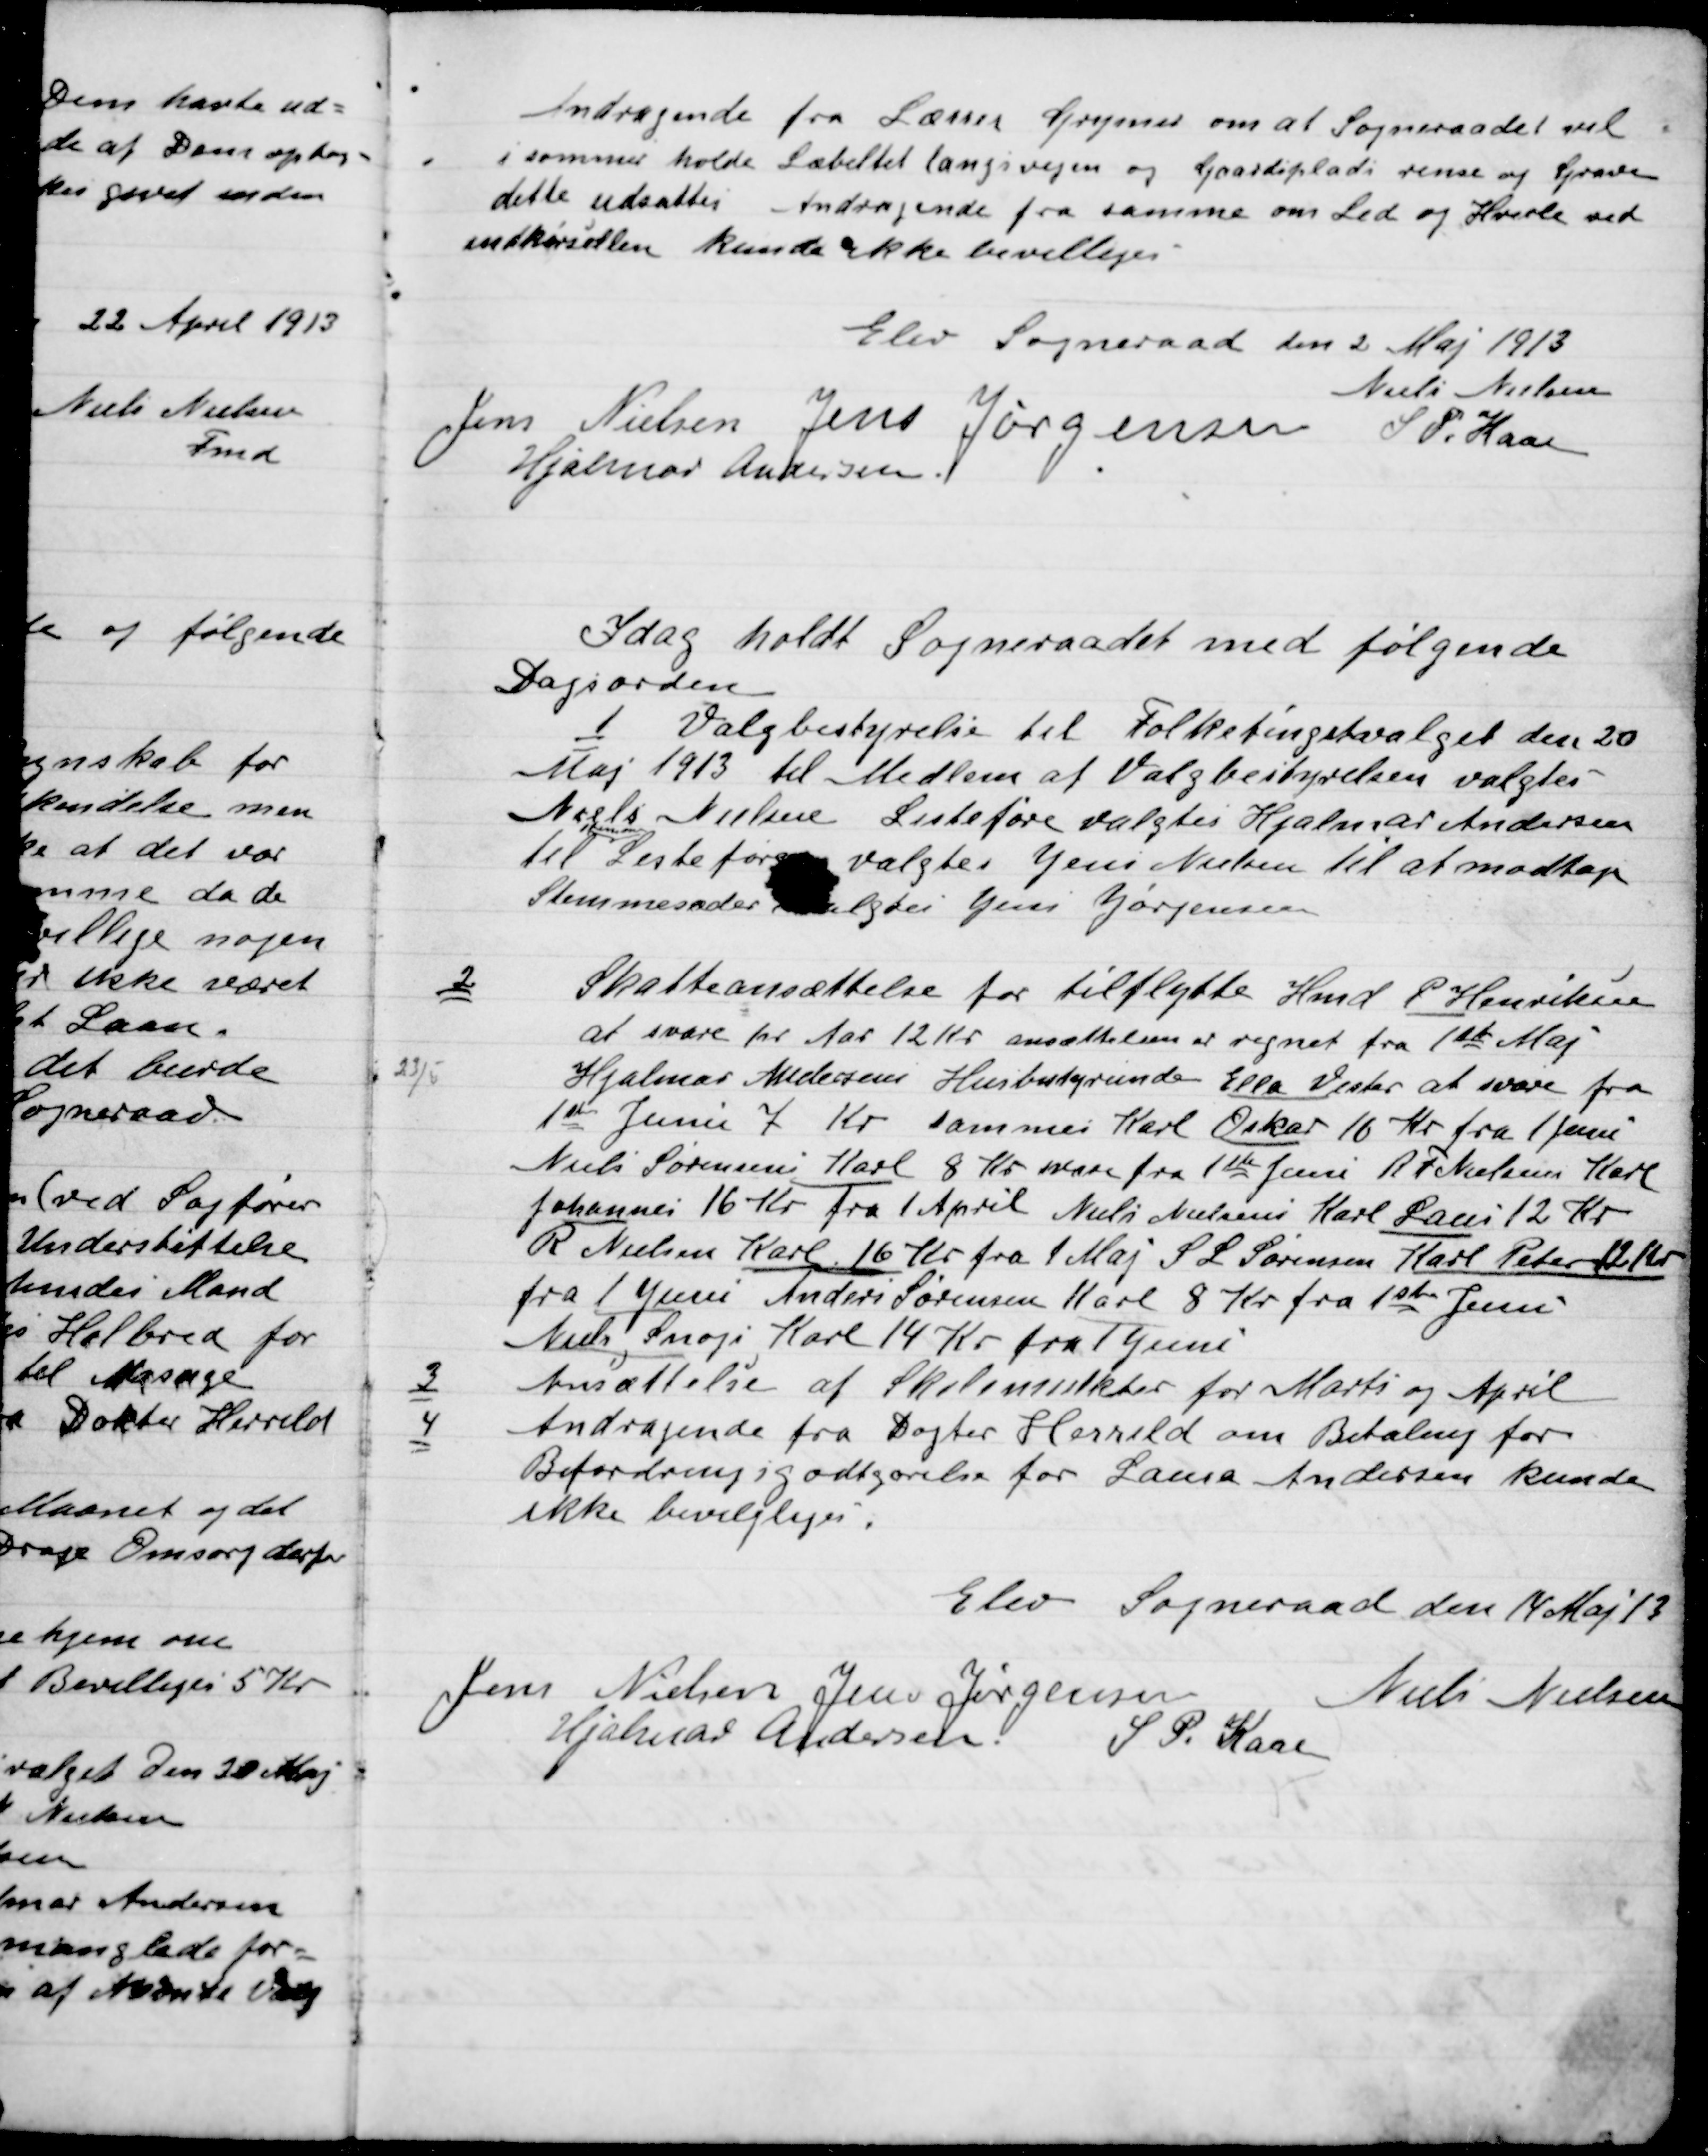
Transskription:
Andragende fra Lærer Gjrymer om at Sogneraadet vil
i sommer holde Læbæltet langs vejen og Gaardspladsen rene og Grave
dette udsattes. Andragende fra samme om Led og  ved
Indkørslen kunde kunde ikke bevilliges.

Elev Sogneraad den 2. Maj 1913

Niels Nielsen
Jens Nielsen
Jens Jørgensen
S.P. Kaas
Hjalmar Andersen

I dag holdt Sogneraadet med følgende
Dagsorden.

1

Valgbestyrelsen til folketingsvalget den 20
Maj 1913 til Medlem af Valgbestyrelsen valgtes
Niels Nielsen Listefører valgtes Hjalmar Andersen
Til Listefører valgtes Jens Nielsen til at modtage
Stemmesedler valgtes Jens Jørgensen.

2

Skatteansættelse for tilflytter Hmd. P. Henriksen
at svare for Aar 12 Kr. ansættelsen er regnet fra 1st Maj.
23/5 Hjalmar Andersens Husbestyrerinde Ella Vestkær at svare fra
1ste Juni 7 Kr. samme Karl Oskar 10 Kr. fra 1 Juni
Niels Sørensen Karl 8 Kr. svare fra 1ste Juni R T Nielsen Karl
Johannes 16 Kr. fra 1 April Niels Nielsens Karl Laus 12 Kr.
R. Nielsen Karl 16 Kr. fra 1 Maj S. L. Sørensen Karl Peter 12 Kr.
Fra 1 Juni Anders Sørensen Karl 8 Kr. fra 1 st Juni
Niels Snogs Karl 14 Kr. fra 1 Juni.

3

Ansættelse af Skolemester for Marts og April.

4

Andragende fra Dogtor Harrild om Betaling for
Befordringsgodtgørelse for Laura Andersen kunde
Ikke bevilges.

Elev Sogneraad den 14 Maj 13

Jens Nielsen
Jens Jørgensen
Niels Nielsen
Hjalmar Andersen
S. P. Kaas